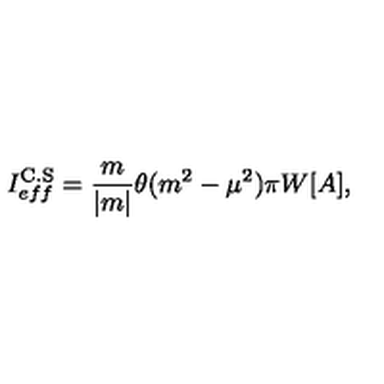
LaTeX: I _ { e f f } ^ { \mathrm { C . S } } = \frac { m } { | m | } \theta ( m ^ { 2 } - \mu ^ { 2 } ) \pi W [ A ] ,